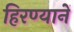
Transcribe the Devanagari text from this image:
हिरण्यानें